Scottish Certificate of Education, 1963
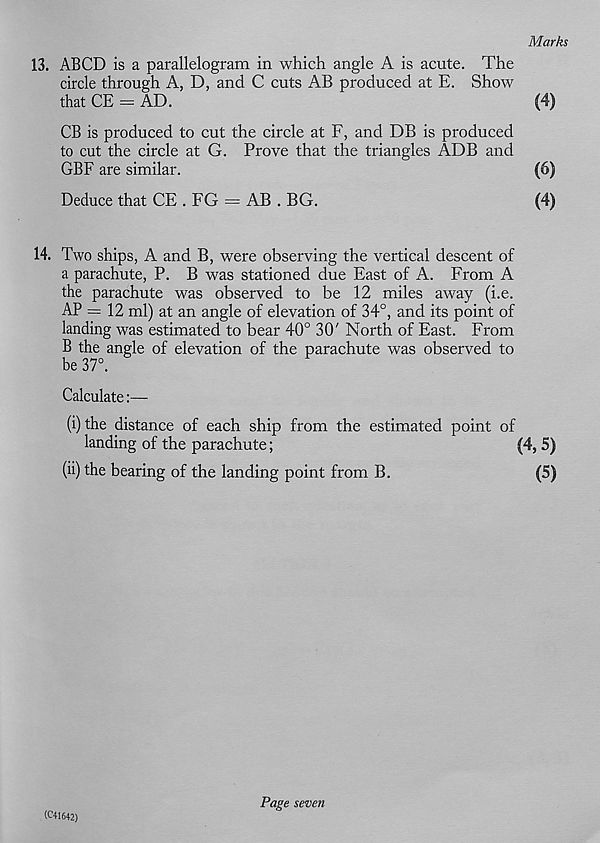
Marks
13. ABCD is a parallelogram in which angle A is acute. The
circle through A, D, and C cuts AB produced at E. Show
that CE - AD.
(4)
CB is produced to cut the circle at F, and DB is produced
to cut the circle at G. Prove that the triangles ADB and
GBF are similar.
(6)
Deduce that CE . EG = AB . BG.
(4)
14. Two ships, A and B, were observing the vertical descent of
a parachute, P. B was stationed due East of A. From A
the parachute was observed to be 12 miles away (i.e.
AP = 12 ml) at an angle of elevation of 34°, and its point of
landing was estimated to bear 40° 30' North of East. From
B the angle of elevation of the parachute was observed to
be 37°.
Calculate:—
(i) the distance of each ship from the estimated point of
landing of the parachute;
(4, 5)
(ii) the bearing of the landing point from B.
(5)
(C41642)
Page seven